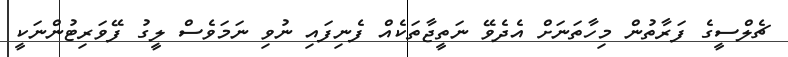
ޗެލްސީގެ ފަރާތުން މިހާތަނަށް އެދެވޭ ނަތީޖާތަކެއް ފެނިފައި ނުވި ނަމަވެސް ލީގު ފޭވަރިޓުންނަކީ